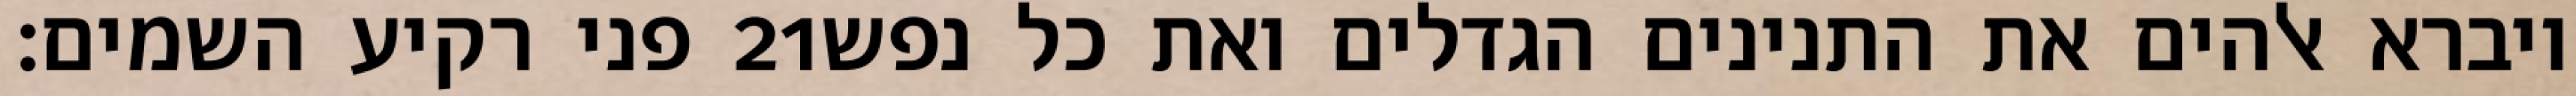
פני רקיע השמים׃ ‎21‏ ויברא אלהים את התנינים הגדלים ואת כל נפש